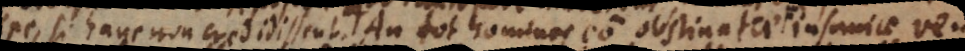
spe, si hanc non credidissent. An tot homines eo obstinatae insaniae ven